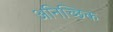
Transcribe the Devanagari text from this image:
अनिच्छिक